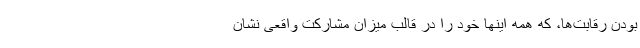
بودن رقابت‌ها، که همه اینها خود را در قالب میزان مشارکت واقعی نشان